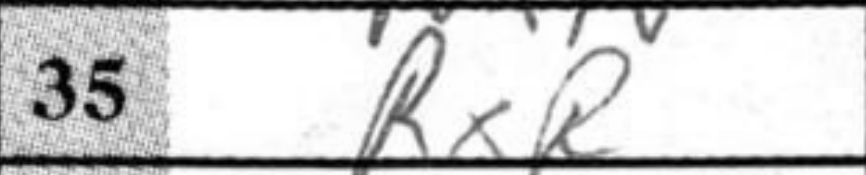
Transcription: RxR